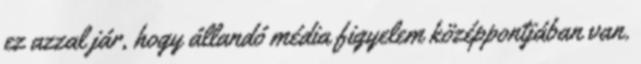
ez azzal jár, hogy állandó média figyelem középpontjában van.